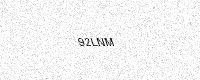
Text: 92LNM